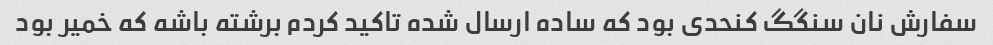
سفارش نان سنگگ کنحدی بود که ساده ارسال شده تاکید کردم برشته باشه که خمیر بود